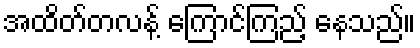
အထိတ်တလန့် ကြောင်ကြည့် နေသည်။